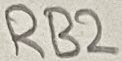
Text: RB2